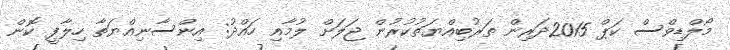
މޯލްޑިވްސް ކަޕް 2015ދަރިން ތަރުބިއްޔަތުކުރުން ޖަލަށް ލުމާއި ހައްދު: އިންސާނިއްޔަތާ ހިލާފީ ކޮން